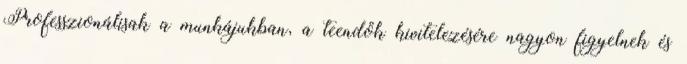
Professzionálisak a munkájukban, a teendők kivitelezésére nagyon figyelnek és